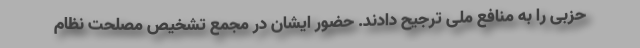
حزبی را به منافع ملی ترجیح دادند. حضور ایشان در مجمع تشخیص مصلحت نظام